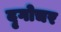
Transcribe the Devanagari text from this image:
दृगोचर